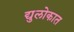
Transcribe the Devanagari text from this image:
द्युलोकात